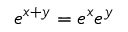
e ^ { x + y } = e ^ { x } e ^ { y }